Lunatic asylums in Bengal annual reports 1888-1898 - 1888-1898
Year: 1888
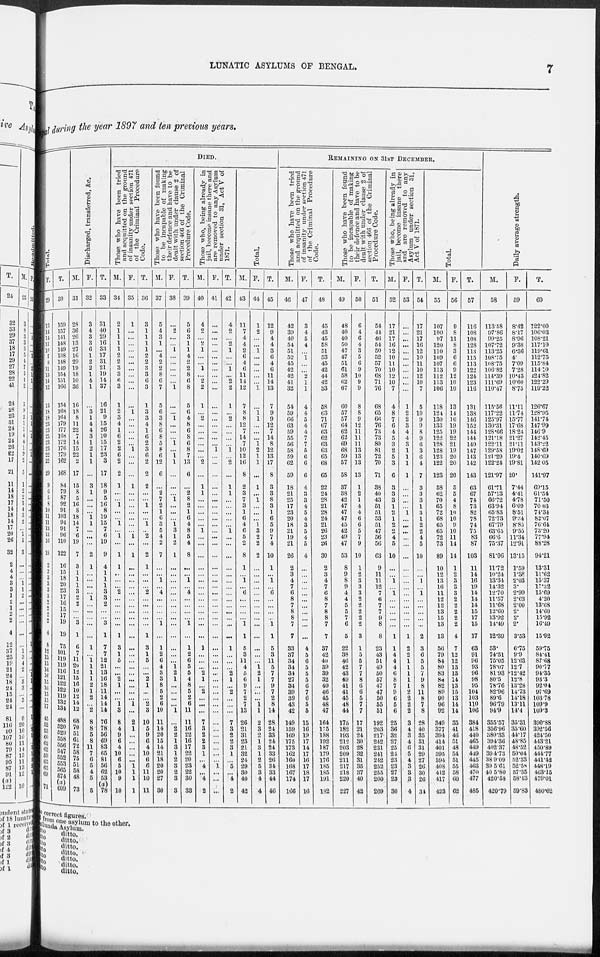
LUNATIC ASYLUMS OF BENGAL.
7
Bengal during the year 1897 and ten previous years.
Total.
F.
29
13
14
14
11
10
7
8
11
13
14
12
13
18
18
23
23
25
23
23
22
22
20
9
6
5
8
10
11
11
13
13
16
18
2
2
3
3
3
3
2
2
2
2
4
8
12
13
16
16
16
15
16
15
15
17
45
52
53
60
62
62
59
65
65
69
71
T.
30
159
157
141
148
149
138
148
149
154
151
166
154
168
164
179
177
168
172
176
179
162
168
84
79
87
92
91
103
94
91
96
110
122
16
15
18
20
23
17
16
15
17
19
19
75
101
119
119
116
121
122
122
119
132
134
488
520
529
558
556
547
552
553
565
574
(a)
609
Discharged, transferred, &c.
M.
31
28
36
26
13
27
16
29
19
18
10
36
16
18
8
11
22
7
14
15
22
2
17
15
8
5
16
8
18
14
7
6
19
7
3
1
1
1
3
2
2
...
...
3
1
6
7
11
20
12
15
16
10
12
14
12
68
70
51
61
72
58
75
51
58
48
73
F.
32
3
4
3
3
6
1
2
2
1
4
1
...
3
1
4
4
3
1
2
1
1
...
3
1
...
...
...
1
1
...
...
...
2
1
...
...
...
...
1
...
...
...
...
...
1
...
1
1
1
1
2
1
2
...
2
8
8
5
8
11
7
6
5
4
5
5
T.
33
31
40
29
16
33
17
31
21
19
14
37
16
21
9
15
26
10
15
17
23
3
17
18
9
5
16
8
19
15
7
6
19
9
4
1
1
1
3
3
2
...
...
3
1
7
7
12
21
13
16
18
11
14
14
14
76
78
56
69
83
65
81
56
62
53
(a) 78
DIED.
Those who have been tried
and acquitted on the ground
of insanity under section 471
of the Criminal Procedure
Code.
M.
34
2
1
1
1
1
2
2
3
3
6
3
1
2
3
4
1
6
2
2
6
2
2
1
...
...
1
...
...
1
...
1 ...
1
1
...
...
...
2
...
...
...
...
...
1
3
1
5
...
2
1
...
...
1
3
8
4
9
6
4
10
6
5
10
9
10
F.
35
1
...
...
...
...
...
...
...
...
...
...
...
1 ...
...
...
...
...
1
...
...
...
1
...
...
...
...
...
...
...
1
...
1
...
...
...
...
...
...
...
...
...
...
...
...
...
...
...
...
...
...
...
...
1
...
2
1
...
...
...
...
...
1
1
1
1
T.
36
3
1
1
1
1
2
2
3
3
6
3
1
3
3
4
1
6
2
3
6
2
2
2
...
...
1
...
...
1
...
2
...
2
1
...
...
...
2
...
...
...
...
...
1
3
1
5
...
...
2
1
...
...
2
3
10
5
9
6
4
10
6
6
11
10
11
Those who have been found
to be incapable of making
their defence and have to be
dealt with under clause 2 of
section 466
of the Criminal
Procedure Code.
M.
37
5
4
3
1
...
4
2
2
8
6
7
5
6
3
8
6
8
5
8
6
12
6
...
2
7
2
1
6
3
5
4
2
7
...
...
1
...
4
...
...
...
...
1
...
1
2
6
4
3
3
8
5
2
6
10
11
14
20
15
14
21
18
20
20
27
30
F.
38
...
2
...
...
1
...
...
...
...
...
1
...
...
1
...
...
...
1
...
1
1
...
...
...
1
...
...
...
1
3
1
2
1
...
...
...
...
...
...
...
...
...
...
...
...
...
...
1
2
1
...
...
...
...
1
...
2
2
1
3
1
2
3
2
3
3
T.
39
5
6
3
1
1
4
2
2
8
6
8
5
6
4
8
6
8
6
8
7
13
6
...
2
8
2
1
6
4
8
5
4
8
...
...
1
...
4
...
...
...
...
1
...
1
2
6
5
5
4
8
5
2
6
11
11
16
22
16
17
22
20
23
22
30
33
Those who, being already in
jail, become insane there and
are removed to any Asylum
under section 31, Act V of
1871.
M.
40
4
2
...
2
1
...
...
1
...
2
2
1
...
2
...
...
...
...
...
...
2
...
1
1
...
...
...
...
...
1
...
...
...
...
...
...
...
...
...
...
...
...
...
...
1
...
...
...
2
1
...
2
...
...
...
7
3
2
2
3
1
...
4
...
4
2
F.
41
...
...
...
...
...
...
...
...
...
...
...
...
...
...
...
...
...
...
1
...
...
...
...
...
...
...
...
...
...
...
...
...
...
...
...
...
...
...
...
...
...
...
...
...
...
...
...
...
...
...
...
...
...
...
...
...
...
...
...
...
...
...
1
...
...
...
T.
42
4
2
...
2
1
...
...
1
...
2
2
1
2
...
...
...
...
1
...
2
...
1
1
...
...
...
...
...
1
...
...
...
...
...
...
...
...
...
...
...
...
...
...
1
...
...
...
2
1
...
2
...
...
...
7
3
2
2
3
1
5
...
4
2
Total.
M.
43
11
7
4
4
2
6
4
6
11
14
12
7
8
8
12
7
14
7
10
12
10
8
2
3
7
3
1
6
4
6
5
2
8
1
...
1
...
6
...
...
...
...
1
1
5
3
11
4
5
6
9
7
2
7
13
26
21
31
23
21
32
24
29
30
40
42
F.
44
1
2
...
...
1 ...
...
...
...
...
1
...
1 1
...
...
...
1
2
1
1
...
1
...
1
...
...
...
1
3
2
2
2
...
...
...
...
...
...
...
...
...
...
...
...
...
...
1
2
1
...
...
...
1 1
2
3
2
1 3
1
2
5
3
4
4
T.
45
12
9
4
4
3
6
4
6
11
14
13
7
9
9
12
7
14
8
12
13
17
8
3
3
8
3
1
6
5
9
7
4
10
1
...
1
...
6
...
...
...
...
1
1
5
3
11
5
7
7
9
7
2
8
14
28
24
33
24
24
33
26
34
33
44
46
REMAINING ON 31ST DECEMBER.
Those who have been tried
and acquitted on the ground
of insanity under section 471
of the Criminal Procedure
Code.
M.
46
42
39
40
54
51
52
45
42
42
41
32
54
59
66
63
59
55
56
58
59
62
59
18
21
25
17
23
20
18
21
19
21
26
2
3
4
7
6
8
7
8
8
7
7
33
37
34
34
34
27
34
39
39
43
42
149
159
109
175
173
162
160
168
167
174
166
F.
47
3
4
5
4
...
1
...
...
2
1
1
4
4
5
4
4
7
7
5
6
6
6
4
3
3
4
5
4
3
5
4
5
4
...
...
...
...
...
...
...
...
...
...
...
4
5
6
5
5
5
6
7
6
5
5
15
16
19
17
14
17
16
17
18
17
16
T.
48
45
43
45
58
51
53
45
42
44
42
33
58
63
71
67
63
62
63
63
65
08
65
22
24
28
21
28
24
21
26
23
26
30
2
3
4
7
6
8
7
8
8
7
7
37
42
40
39
39
32
40
46
45
48
47
164
175
188
192
187
179
176
185
185
191
182
Those who have been found
to be incapable of making
their defence and have to be
dealt with under clause 2 of
section 466 of the Criminal
Procedure Code.
M.
49
48
40
40
50
47
47
51
61
58
62
67
60
57
57
64
62
62
69
68
59
57
58
37
38
42
47
47
47
45
42
49
47
53
8
9
8
9
4
4
5
5
7
6
5
22
38
46
42
43
49
41
41
45
48
44
175
182
193
212
203
209
211
217
218
220
227
F.
50
6
4
6
4
3
5
6
9
10
9
9
8
8
9
12
11
11
11
13
13
13
13
1
2
1
4
4
6
6
5
7
9
10
1
2
3
3
3
2
2
2
2
2
3
1
5
5
7
7
8
6
6
5
7
7
17
21
24
30
28
32
31
35
37
40
42
T.
51
54
44
46
54
50
52
57
70
68
71
76
68
65
66 76
73
73
80
81
72
70
71
38
40
43
51
51
53
51
47
56
56
63
9
11
11
12
7
6
7
7
9
8
8
23
43
51
49
50
57
47
47
50
55
51
192
203
217
242
231
241
242
252
255
260
269
Those who, being already in
jail, become insane there
and are removed to any
Asylum under section 31,
Act V of 1871.
M.
52
17
21
17
10
12
10
11
10
12
10
7
4
8
7
6
4
5
3
2
5
3
6
3
3
3
1
2
1
2
2
4
5
10
...
...
1
...
1
...
...
...
...
...
1
1
4
4
4
6
8
7
9
6
5
6
25
36
32
27
25
24
23
23
27
23
30
F.
53
...
...
...
...
...
...
...
...
...
...
...
1
2
2
3
4
4
3
1
1
1
1
...
...
...
...
1
...
...
...
...
...
...
...
...
...
...
...
...
...
...
...
...
1
2
2
1
1
1
1
1
2
2
2
2
3
4
3
4
6
5
4
3
3
3
4
T.
54
17
21
17
16
12
10
11
10
12
10
7
5
10
9
9
8
9
6
3
6
4
7
3
3
3
1
3
1
2
2
4
5
10
...
...
1
...
1
...
...
...
...
...
2
3
6
5
5
7
9
8
11
8
7
8
28
40
35
31
31
29
27
26
30
26
34
Total.
M.
55
107
100
97
120
110
109
107
113
112
113
106
118
124
130
133
125
122
128
128
123
122
123
58
62
70
65
72
68
65
65
72
73
89
10
12
13
16
11
12
12
13
15
13
13
56
79
84
80
83
84
82
89
90
96
92
349
377
394
414
401
395
394
408
412
417
423
F.
56
9
8
11
8
3
6
6
9
12
10
10
13
14
16
19
19
22
21
19
20
20
20
5
5
4
8
10
10
9
10
11
14
14
1
2
3
3
3
2
2
2
2
2
4
7
12
12
13
13
14
13
15
13
14
14
35
41
46
51
48
54
51
55
58
60
62
T.
57
116
108
108
128
113
115
113
122
124
123
116
131
138
146
152
144
144
149
147
143
142
143
63
67
74
73
82
78
74
75
83
87
103
11
14
16
19
14
14
14
15
17
15
17
63
91
96
93
96
98
95
104
103
110
106
384
418
440
465
449
449
445
463
470
477
485
Daily average strength.
M.
58
113.58
97.86
99.25
107.72
113.25
108.75
108.75
106.82
114.39
111.69
110.47
115.56
117.22
125.97
130.31
128.66
121.18
122.11
129.58
121.29
122.24
121.97
61.71
57.13
66.72
63.94
65.83
72.73
67.79
63.65
66.6
75.37
81.06
11.72
10.24
13.34
14.32
12.70
11.57
11.68
12.60
13.92
14.49
12.39
53.
74.51
75.05
78.07
81.93
80.5
78.76
82.96
89.6
96.79
94.9
355.57
356.96
380.83
394.36
402.37
394.73
389.09
395.61
405.80
420.58
420.79
F.
59
8.42
8.17
8.96
9.38
6.36
4.
7.09
7.28
10.43
10.60
8.75
11.11
11.74
15.77
17.68
18.24
21.27
21.11
19.02
19.4
19.81
20.
7.44
4.41
4.78
6.09
8.51
9.34
8.85
9.55
11.34
12.91
13.15
1.59
1.38
2.03
3.
2.99
2.63
2.00
2.
2.
2.
3.53
6.75
9.9
12.63
12.7
12.42
12.8
13.28
14.73
14.18
13.11
14.4
35.31
35.60
44.17
48.85
48.52
50.04
52.33
52.58
57.35
58.43
59.83
T.
60
122.00
106.03
108.21
117.10
119.61
112.75
115.84
114.10
124.82
122.29
119.22
126.67
128.95
141.74
147 99
146.9
142.45
143.22
148.69
140.69
142.05
141.97
69.15
61.54
71.50
70.63
74.34
82.07
76.64
73.20
77.94
88.28
94.21
13.31
11.62
15.37
17.32
15.69
4.20
13.68
14.60
15.92
16.49
15.92
59.75
84.41
87.68
90.77
94.35
93.3
92.04
97.69
103.78
109.9
109.3
390.88
392.56
424.50
443.21
450.89
444.77
441.42
448.19
463.15
479.01
480.62
correct figures.
from one asylum to the other.
dullunda Asylum.
Ditto ditto.
Ditto ditto.
Ditto ditto.
Ditto ditto.
Ditto ditto.
Ditto ditto.
Ditto ditto.